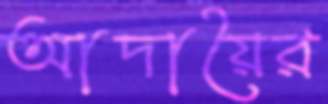
আদায়ৈর